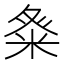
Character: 𮇓